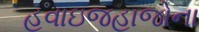
હવાઇજહાજોના